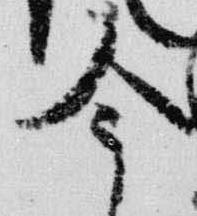
今